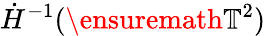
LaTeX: \dot{H}^{-1}(\ensuremath{\mathbb{T}}^{2})